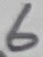
Text: 6